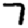
Digit: 7